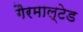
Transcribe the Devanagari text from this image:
गैरमाल्टेड